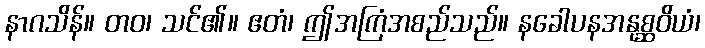
နာဂသိန်။ တဝ၊ သင်၏။ ဧတံ၊ ဤအကြံအစည်သည်။ နခေါပနအနုစ္ဆဝိယံ၊